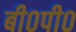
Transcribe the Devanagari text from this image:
बी०पी०